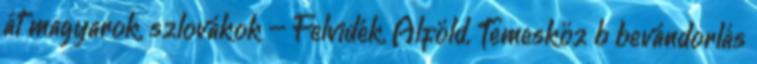
át magyarok, szlovákok – Felvidék, Alföld, Temesköz b bevándorlás